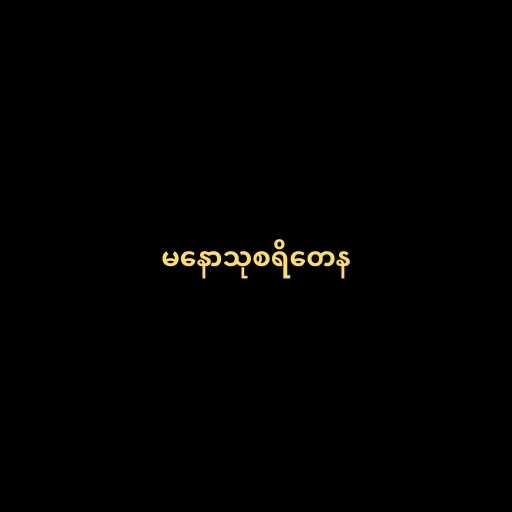
မနောသုစရိတေန